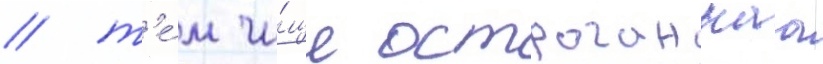
/ т'е́м чи́ще остроганнаа